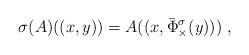
LaTeX: \begin{align*}\sigma(A)((x,y))=A((x,\bar{\Phi}_\times^\sigma(y)))\;,\end{align*}